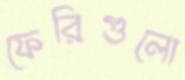
ফেরিগুলো